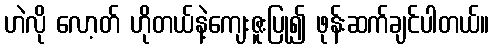
ဟဲလို လော့တ် ဟိုတယ်နဲ့ကျေးဇူးပြု၍ ဖုန်းဆက်ချင်ပါတယ်။